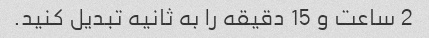
2 ساعت و 15 دقیقه را به ثانیه تبدیل کنید.